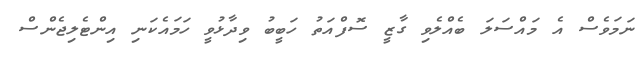
ނަމަވެސް އެ މައްސަލަ ބެއްލެވި ގާޒީ ސޮފްއަތު ހަބީބު ވިދާޅުވީ ހަމައެކަނި އިންޓެލިޖެންސް